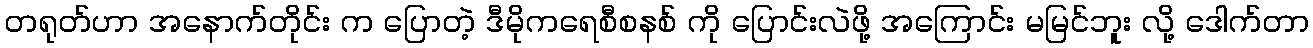
တရုတ်ဟာ အနောက်တိုင်း က ပြောတဲ့ ဒီမိုကရေစီစနစ် ကို ပြောင်းလဲဖို့ အကြောင်း မမြင်ဘူး လို့ ဒေါက်တာ